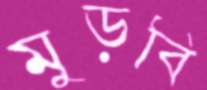
মুড়বি